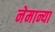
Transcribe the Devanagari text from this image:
नेमान्या